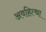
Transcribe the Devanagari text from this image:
अवहित्था